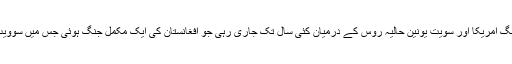
عالمی حاتناظر میں خطے کے حالات انتہائی سنگین ہو چکے ہیں پہلے ایک سرد جنگ امریکا اور سویت یونین حالیہ روس کے درمیان کئی سال تک جاری رہی جو افغانستان کی ایک مکمل جنگ ہوئی جس میں سوویت یونین کا شیرازہ بکھیر گیا اور سوشلسٹ عالمی قوت ایک تاریخ کا حصہ بنگ ئی ۔